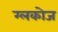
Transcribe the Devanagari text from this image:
ग्लकोज